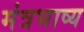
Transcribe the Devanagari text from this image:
मंत्रभाष्य